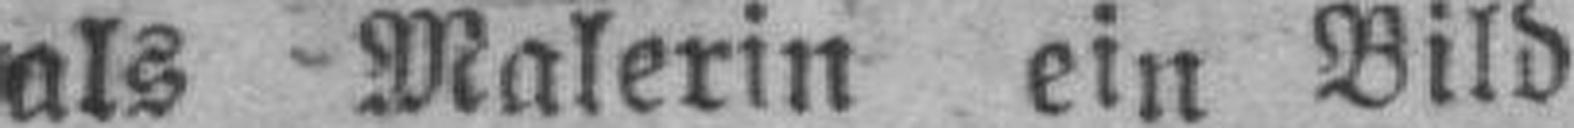
als Malerin ein Bild